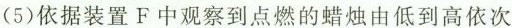
(5)依据装置F中观察到点燃的蜡烛由低到高依次